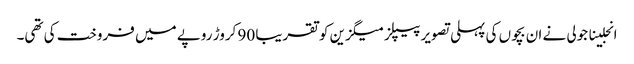
انجلینا جولی نے ان بچوں کی پہلی تصویر پیپلز میگزین کو تقریبا 90 کروڑ روپے میں فروخت کی تھی۔